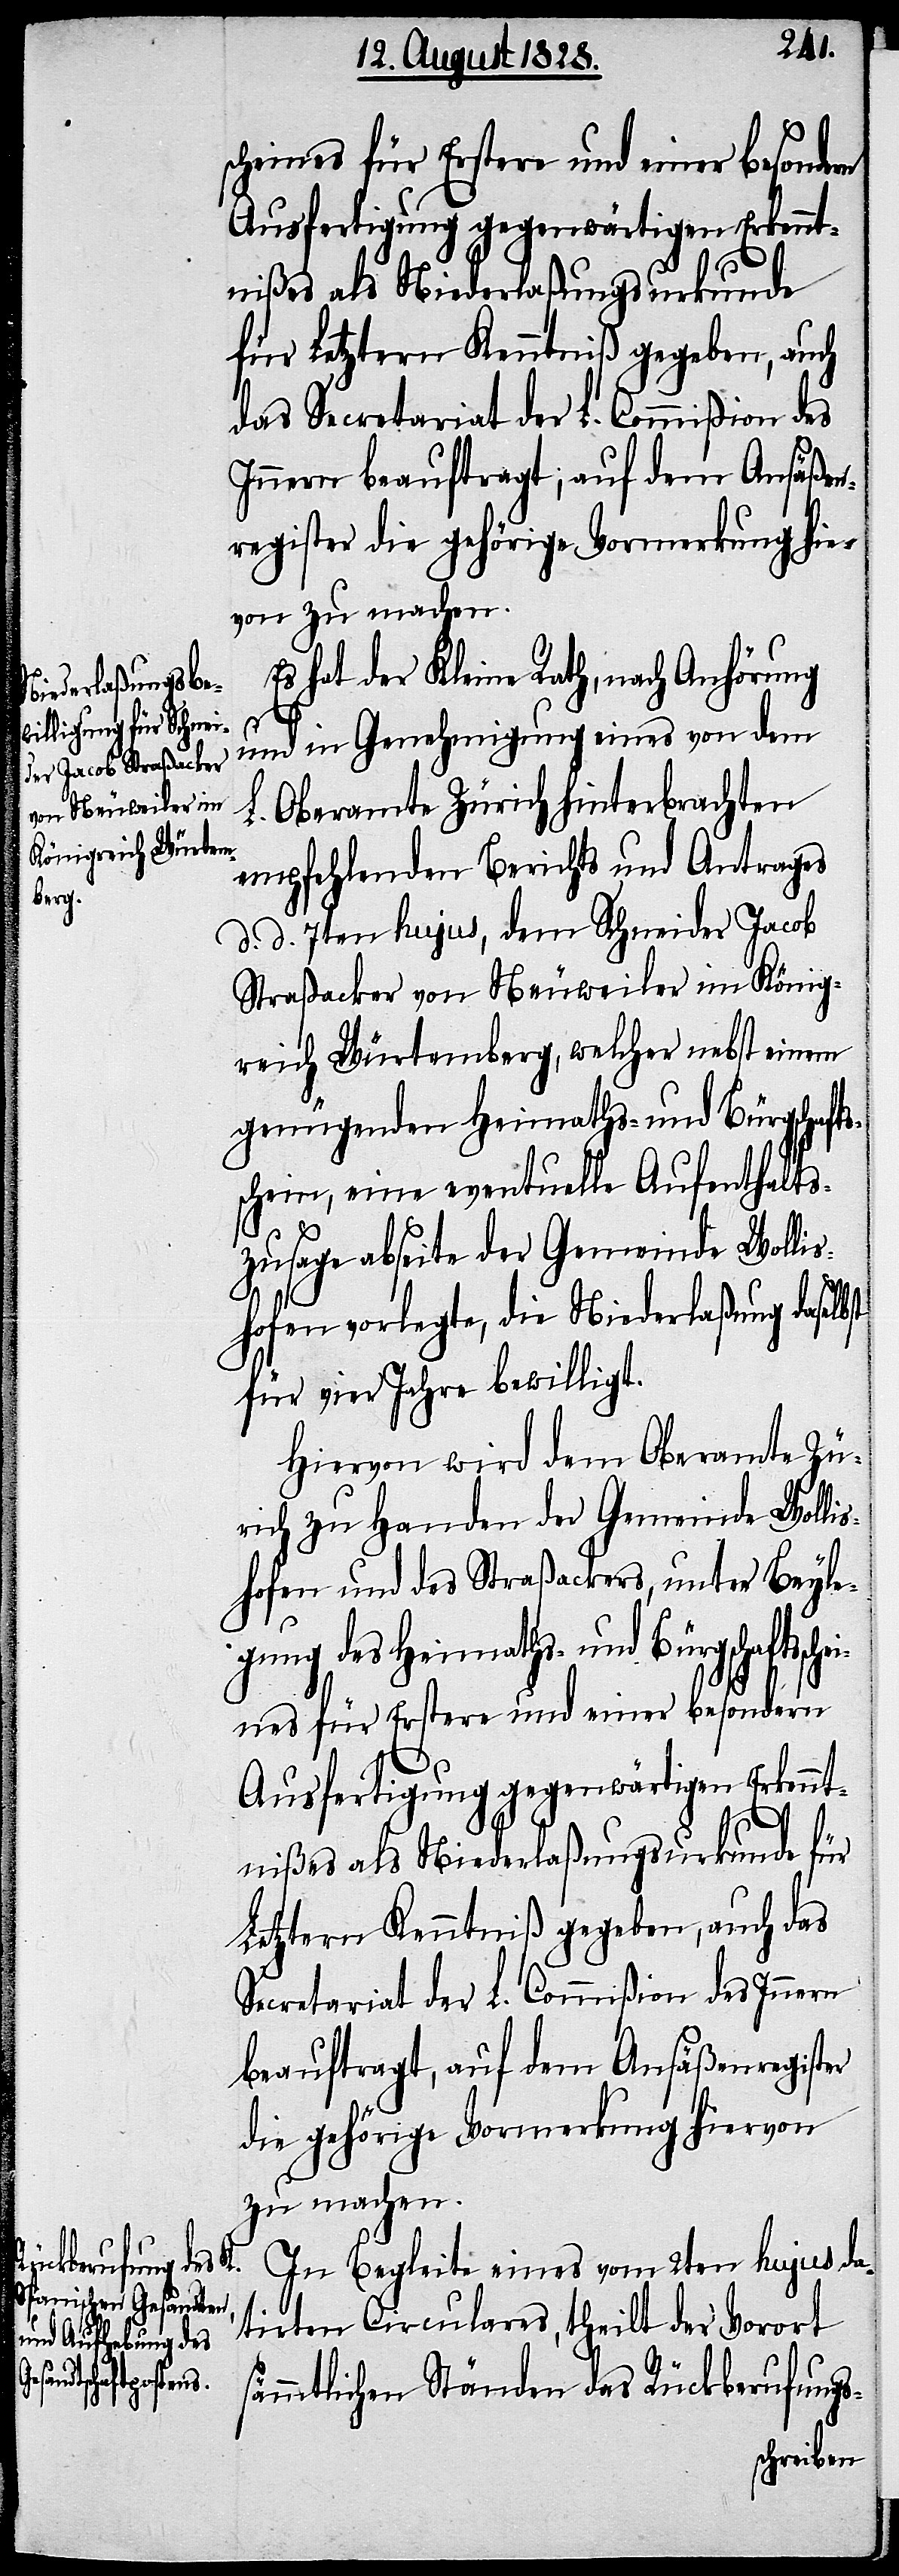
scheines für Erstere und einer besondern
Ausfertigung gegenwärtigen Erkennt¬
nißes als Niederlaßungsurkunde
für Letztern Kenntniß gegeben, auch
das Secretariat der L. Commißion des
Innern beauftragt, auf dem Ansäßen¬
register die gehörige Vormerkung hie¬
von zu machen.
Es hat der Kleine Rath, nach Anhörung
und in Genehmigung eins von dem
L. Oberamte Zürich hinterbrachten
empfehlenden Berichts und Antrages
d. d. 7ten hujus, dem Schneider Jacob
Straßacker von Neuweiler im König¬
reich Würtemberg, welcher nebst einem
gung des Heimaths- und Bürgschafts¬
schein, eine eventuelle Aufenthalts¬
zusage abseite der Gemeinde Wolli¬
shofen vorlegte, die Niederlaßung daselbst
für vier Jahre bewilligt.
Hiervon wird dem Oberamte Zü¬
rich zu Handen der Gemeinde Wolli¬
shofen und des Straßackers, unter Beyle¬
Ausfertigung gegenwärtigen Erkennt¬
nißes als Niederlaßungsurkunde für
Letztern Kenntniß gegeben, auch das
Secretariat der L. Commißion des Innern
beauftragt, auf dem Ansäßenregister
die gehörige Vormerkung hiervon
zu machen.
In Begleite eines vom 2ten hujus da¬
tirten Circulares, theilt der Vorort
sämmtlichen Ständen das Rückberufungs-